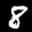
Label: 8